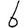
Digit: 6